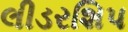
લીડરશિપ